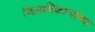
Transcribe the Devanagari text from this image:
जिल्हाधिकाऱ्यांच्या